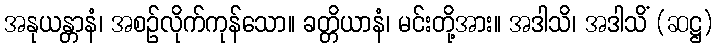
အနုယန္တာနံ၊ အစဉ်လိုက်ကုန်သော။ ခတ္တိယာနံ၊ မင်းတို့အား။ အဒါသိ၊ အဒါသိံ (ဆဋ္ဌ)